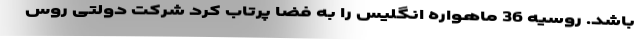
باشد. روسیه 36 ماهواره انگلیس را به فضا پرتاب کرد شرکت دولتی روس